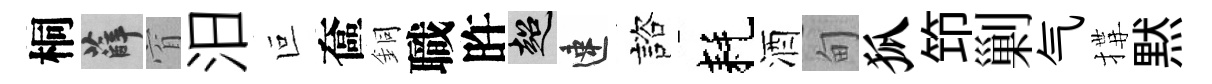
桐薛窅汨叵奩銅職旿超速諮耗酒甸狐笻剿气搆黙